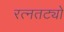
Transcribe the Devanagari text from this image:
रत्नतट्यो